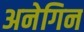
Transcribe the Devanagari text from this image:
अनेगिन